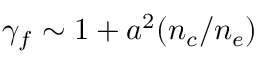
\gamma _ { f } \sim 1 + a ^ { 2 } ( n _ { c } / n _ { e } )